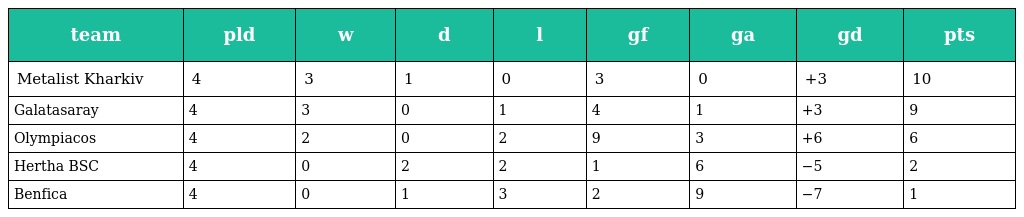
| team | pld | w | d | l | gf | ga | gd | pts |
 | --- | --- | --- | --- | --- | --- | --- | --- | --- |
 | Metalist Kharkiv | 4 | 3 | 1 | 0 | 3 | 0 | +3 | 10 |
 | Galatasaray | 4 | 3 | 0 | 1 | 4 | 1 | +3 | 9 |
 | Olympiacos | 4 | 2 | 0 | 2 | 9 | 3 | +6 | 6 |
 | Hertha BSC | 4 | 0 | 2 | 2 | 1 | 6 | −5 | 2 |
 | Benfica | 4 | 0 | 1 | 3 | 2 | 9 | −7 | 1 |